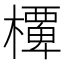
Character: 𭬞